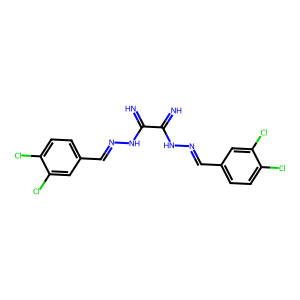
SMILES: N=C(NN=Cc1ccc(Cl)c(Cl)c1)C(=N)NN=Cc1ccc(Cl)c(Cl)c1
Inhibits HIV replication: No